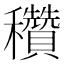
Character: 穳